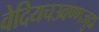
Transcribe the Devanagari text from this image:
वेदियचउवण्णजुदा